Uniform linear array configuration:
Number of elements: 64
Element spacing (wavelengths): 0.75
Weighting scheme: binomial
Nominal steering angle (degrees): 60
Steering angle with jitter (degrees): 60.836
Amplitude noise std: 0.05
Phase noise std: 0.05

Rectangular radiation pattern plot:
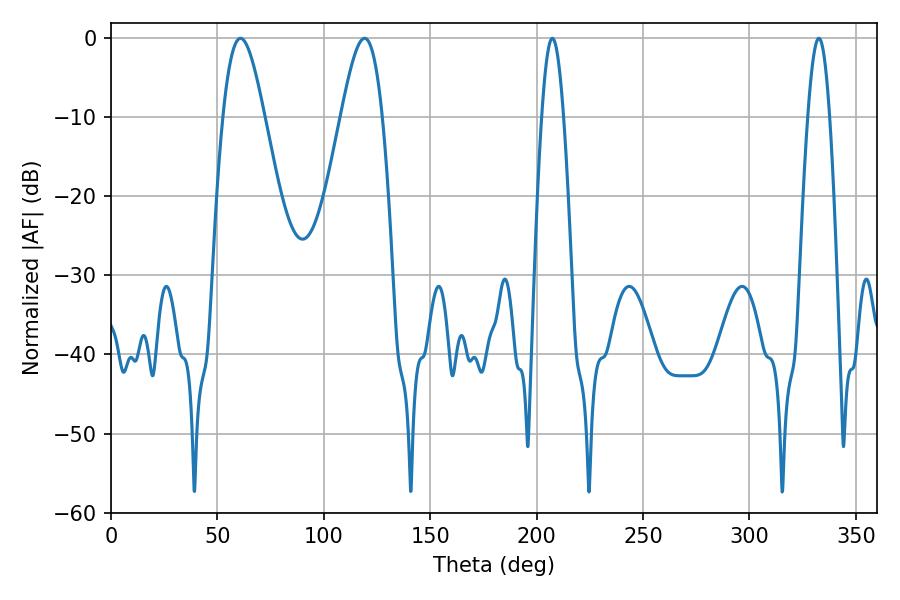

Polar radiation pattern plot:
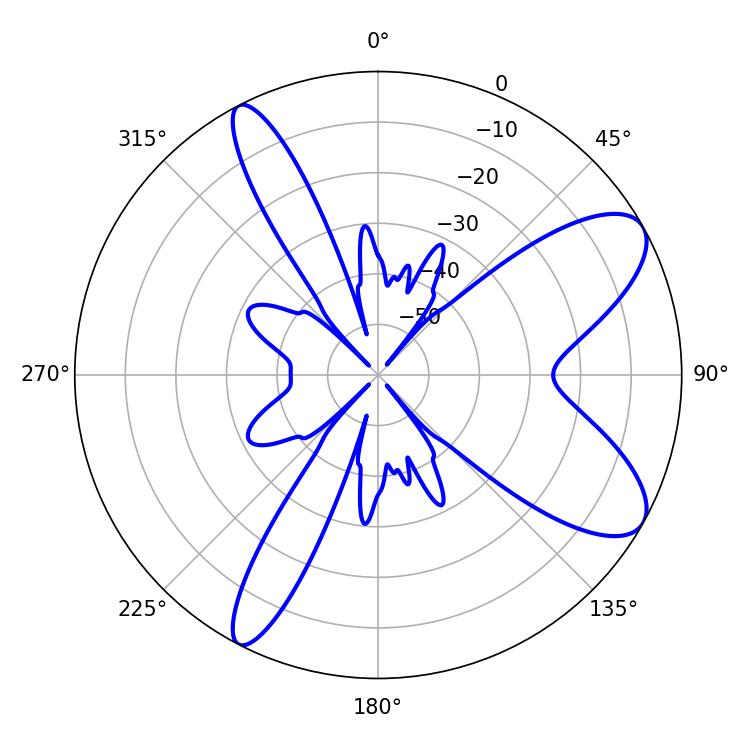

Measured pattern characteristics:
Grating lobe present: TRUE
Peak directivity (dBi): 8.949
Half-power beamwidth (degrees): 10.26
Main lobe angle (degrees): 60.84